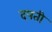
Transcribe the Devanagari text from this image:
दपती